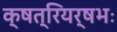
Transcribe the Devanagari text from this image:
क्षत्रियर्षभः